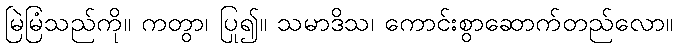
မြဲမြံသည်ကို။ ကတွာ၊ ပြု၍။ သမာဒိသ၊ ကောင်းစွာဆောက်တည်လော။